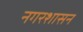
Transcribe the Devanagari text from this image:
नगरशासन